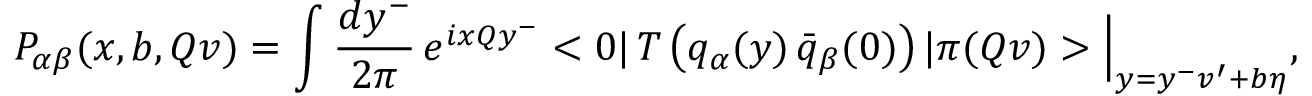
{ \cal P } _ { \alpha \beta } ( x , b , Q v ) = \int { \frac { d y ^ { - } } { 2 \pi } } \, e ^ { i x Q y ^ { - } } < 0 | \, T \left( q _ { \alpha } ( y ) \, \bar { q } _ { \beta } ( 0 ) \right) | \pi ( Q v ) > \Big | _ { y = y ^ { - } v ^ { \prime } + b \eta } ,